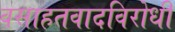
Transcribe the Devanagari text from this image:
वसाहतवादविरोधी